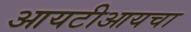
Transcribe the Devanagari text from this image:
आयटीआयचा